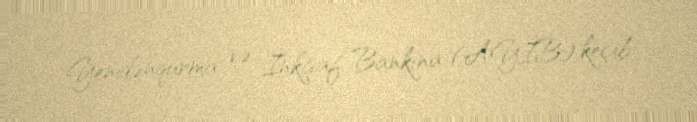
Yenidənqurma və İnkişaf Bankına (AYİB) keçib.